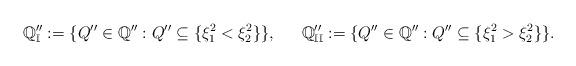
LaTeX: \begin{align*} \mathbb{Q}''_{\mathbb{I}}:=\{Q''\in\mathbb{Q}'': Q''\subseteq\{\xi^{2}_{1}<\xi^{2}_{2}\}\}, \,\,\,\,\,\,\,\,\, \mathbb{Q}''_{\mathbb{II}}:=\{Q''\in\mathbb{Q}'': Q''\subseteq\{\xi^{2}_{1}>\xi^{2}_{2}\}\}.\end{align*}